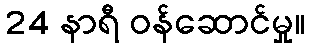
24 နာရီ ဝန်ဆောင်မှု။